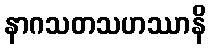
နာဂသတသဟဿာနိ